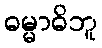
ဓမ္မာဓိဘူ